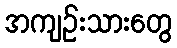
အကျဉ်းသားတွေ